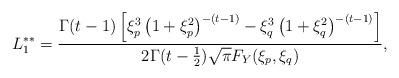
LaTeX: \begin{align*} L_{1}^{\ast\ast}=\frac{\Gamma(t-1)\left[\xi_{p}^{3}\left(1+\xi_{p}^{2}\right)^{-(t-1)}-\xi_{q}^{3}\left(1+\xi_{q}^{2}\right)^{-(t-1)}\right]}{2\Gamma(t-\frac{1}{2})\sqrt{\pi}F_{Y}(\xi_{p},\xi_{q})},\end{align*}